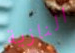
النازية